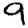
Digit: 9